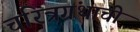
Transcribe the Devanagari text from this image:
चरित्रग्रंथाची